Insane asylums in Bengal annual reports 1867-1875 - 1867-1875
Year: 1867
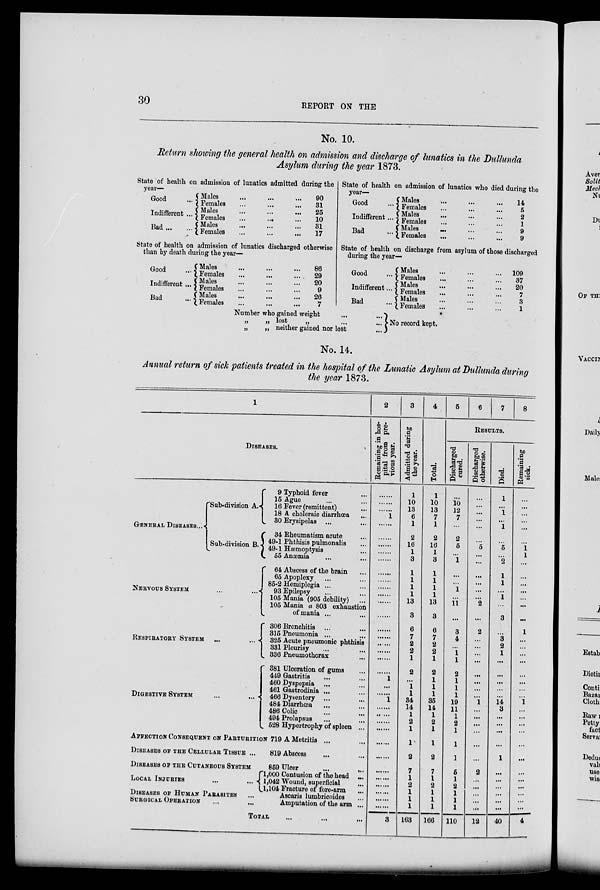
30
REPORT ON THE
No. 10.
Return showing the general health on admission and discharge of lunatics in the Dullunda
Asylum during the year 1873.
State of health on admission of lunatics admitted during the
year—
Good ...
Indifferent ...
Bad
...
...
Males ... ... ...
Females ... ... ...
Males ... ... ...
Females ... ... ...
Males ... ... ...
Females ... ... ...
90
31
25
10
31
17
State of health on admission of lunatics discharged otherwise
than by death during the year—
Good ...
Indifferent ...
Bad ...
Males ... ... ...
Females ... ... ...
Males ... ... ...
Females ... ... ...
Males ... ... ...
Females ... ... ...
86
29
20
9
26
7
State of health on admission of lunatics who died during the
year—
Good ...
Indifferent ...
Bad ...
Males
... ... ...
Females
... ... ...
Males
... ... ...
Females
... ... ...
Males
... ... ...
Females
... ... ...
14
5
2
1
9
9
State of health on discharge from asylum of those discharged
during the year—
Good ...
Indifferent ...
Bad ...
Males ... ... ...
Females ... ... ...
Males ... ... ...
Females ... ... ...
Males ... ... ...
Females ... ... ...
109
37
20
7
3
1
Number who gained weight ... ...
„
„ lost
„ ... ...
„
„ neither gained nor lost ...
No record kept.
No. 14.
Annual return of sick patients treated in the hospital of the Lunatic Asylum at Dullunda during
the year 1873.
1
DISEASES.
GENERAL DISEASES...
Sub-division A.
Sub-division B.
NERVOUS SYSTEM
...
...
RESPIRATORY SYSTEM ... ...
DIGESTIVE SYSTEM
...
...
9 Typhoid fever ...
15 Ague ... ...
16 Fever (remittent) ...
18 A choleraic diarrhœa ...
30 Erysipelas ... ...
34 Rheumatism acute ...
49-1 Phthisis pulmonalis ...
49-1 Hæmoptysis ...
55 Anæmia ... ...
64 Abscess of the brain ...
65 Apoplexy ... ...
85-2 Hemiplegia ... ...
93 Epilepsy ... ...
105 Mania (905 debility)
...
105 Mania a 803 exhaustion
of mania ... ...
306 Bronchitis ... ...
315 Pneumonia ... ...
325 Acute pneumonic phthisis
331 Pleurisy ... ...
336 Pneumothorax ...
381 Ulceration of gums ...
449 Gastritis ... ...
460 Dyspepsia ... ...
461 Gastrodinia ... ...
466 Dysentery ... ...
484 Diarrhœa ... ...
486 Colic ... ...
494 Prolapsus ... ...
528 Hypertrophy of spleen ...
AFFECTION CONSEQUENT ON PARTURITION ON 719 A Metritis ... ...
DISEASES OF THE CELLULAR TISSUE ...
DISEASES OF THE CUTANEOUS SYSTEM
LOCAL INJURIES ... ...
DISEASES OF HUMAN PARASITES
...
SURGICAL OPERATION
...
...
819 Abscess
... ...
859 Ulcer ... ...
1,000 Contusion of the head ...
1,042 Wound, superficial ...
1,104 Fracture of fore-arm ...
Ascaris lumbricoides ...
Amputation of the arm ...
TOTAL ... ... ...
2
Remaining in hos-
pital from pre-
vious year.
......
......
......
1
......
......
......
......
......
......
......
......
......
......
......
......
......
......
......
......
......
1
...
......
1
......
......
......
......
......
......
......
......
......
......
......
......
3
3
Admitted during
the year.
1
10
13
6
1
2
16
1
3
1
1
1
1
13
3
6
7
2
2
1
2
...
1
1
34
14
1
2
1
1
2
7
1
2
1
1
1
163
4
Total.
1
10
13
7
1
2
16
1
3
1
1
1
1
13
3
6
7
2
2
1
2
1
1
1
35
14
1
2
1
1
2
7
1
2
1
1
1
166
5
6
7
8
RESULTS.
Discharged
cured.
...
10
12
7
...
2
5
...
1
...
...
1
...
11
...
3
4
...
1 1
2
1
1
1
19
11
1
2
1
1
1
5
1
2
1
1
1
110
Discharged
otherwise.
...
...
...
...
...
...
5
...
...
...
...
...
...
2
...
2
...
...
...
...
...
...
...
...
1
...
...
...
...
...
...
2
...
...
...
...
...
12
Died.
1
...
1
...
1
...
5
...
2
1
1
...
1
...
3
...
3
2
1
...
...
...
...
...
14
3
...
...
...
...
1
...
...
...
...
...
...
40
Remaining
sick.
...
...
...
...
...
...
1
1
...
...
...
...
...
...
...
1
...
...
...
...
...
...
...
...
1
...
...
...
...
...
...
...
...
...
...
...
...
4